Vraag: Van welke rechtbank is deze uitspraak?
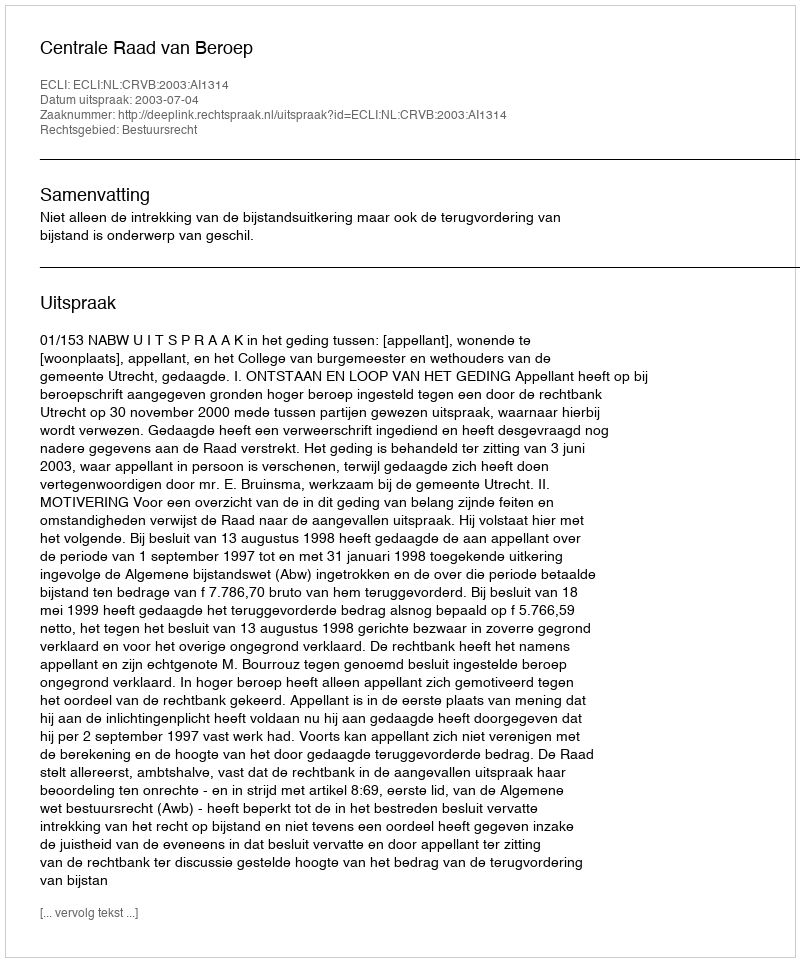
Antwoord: Centrale Raad van Beroep